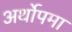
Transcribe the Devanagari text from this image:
अर्थोपमा